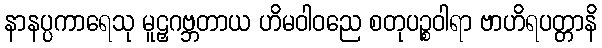
နာနပ္ပကာရေသု မူဠှဂဗ္ဘတာယ ဟိမဝါဝညေ စတုပဉ္စဝါရာ ဗာဟိရပတ္တာနိ